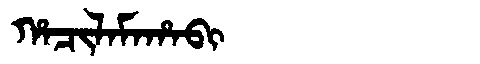
Manchu: ᡥᠠᠴᡳᠯᠠᠮᠠᡥᠠᠪᡳ
Romanization: HACILAMAHABI